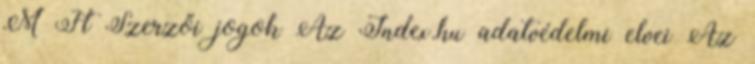
M Ft Szerzői jogok Az Index.hu adatvédelmi elvei Az